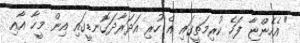
" އެހެންޏާ ފަހެ ކުރިމަތީގައި އެ ހުރި އަދަރާދަގޮނޑީގައި އިން މީހާ އާއި